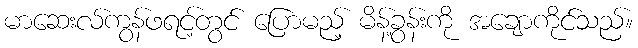
မာဆေးလ်ကွန်ဖရင့်တွင် ပြောမည့် မိန့်ခွန်းကို အချောကိုင်သည်။